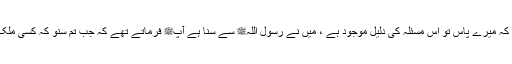
اتنے میں سیدنا عبدالرحمن بن عوفؓ آئے اور وہ کسی کام کو گئے ہوئے تھے ، انہوں نے کہا کہ میرے پاس تو اُس مسئلہ کی دلیل موجود ہے ، میں نے رسول اللہﷺ سے سنا ہے آپﷺ فرماتے تھے کہ جب تم سنو کہ کسی ملک میں وبا پھیلی ہے تو وہاں مت جاؤ اور اگر تمہارے ملک میں وبا پھیلے تو بھاگو بھی نہیں۔